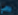
دافي